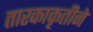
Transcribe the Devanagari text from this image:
तारकाकृतीने